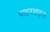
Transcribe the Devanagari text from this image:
पाइराइट्स